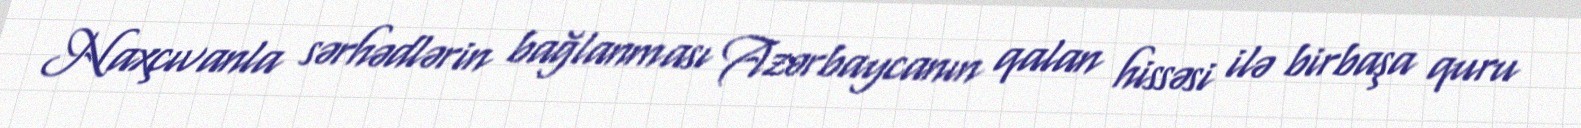
Naxçıvanla sərhədlərin bağlanması Azərbaycanın qalan hissəsi ilə birbaşa quru